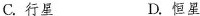
C.行星 D.恒星